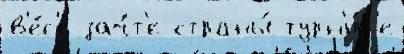
в'е́с'е зач́т'е страны́ турн'и́р'е